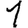
Digit: 1